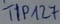
Text: TIP127